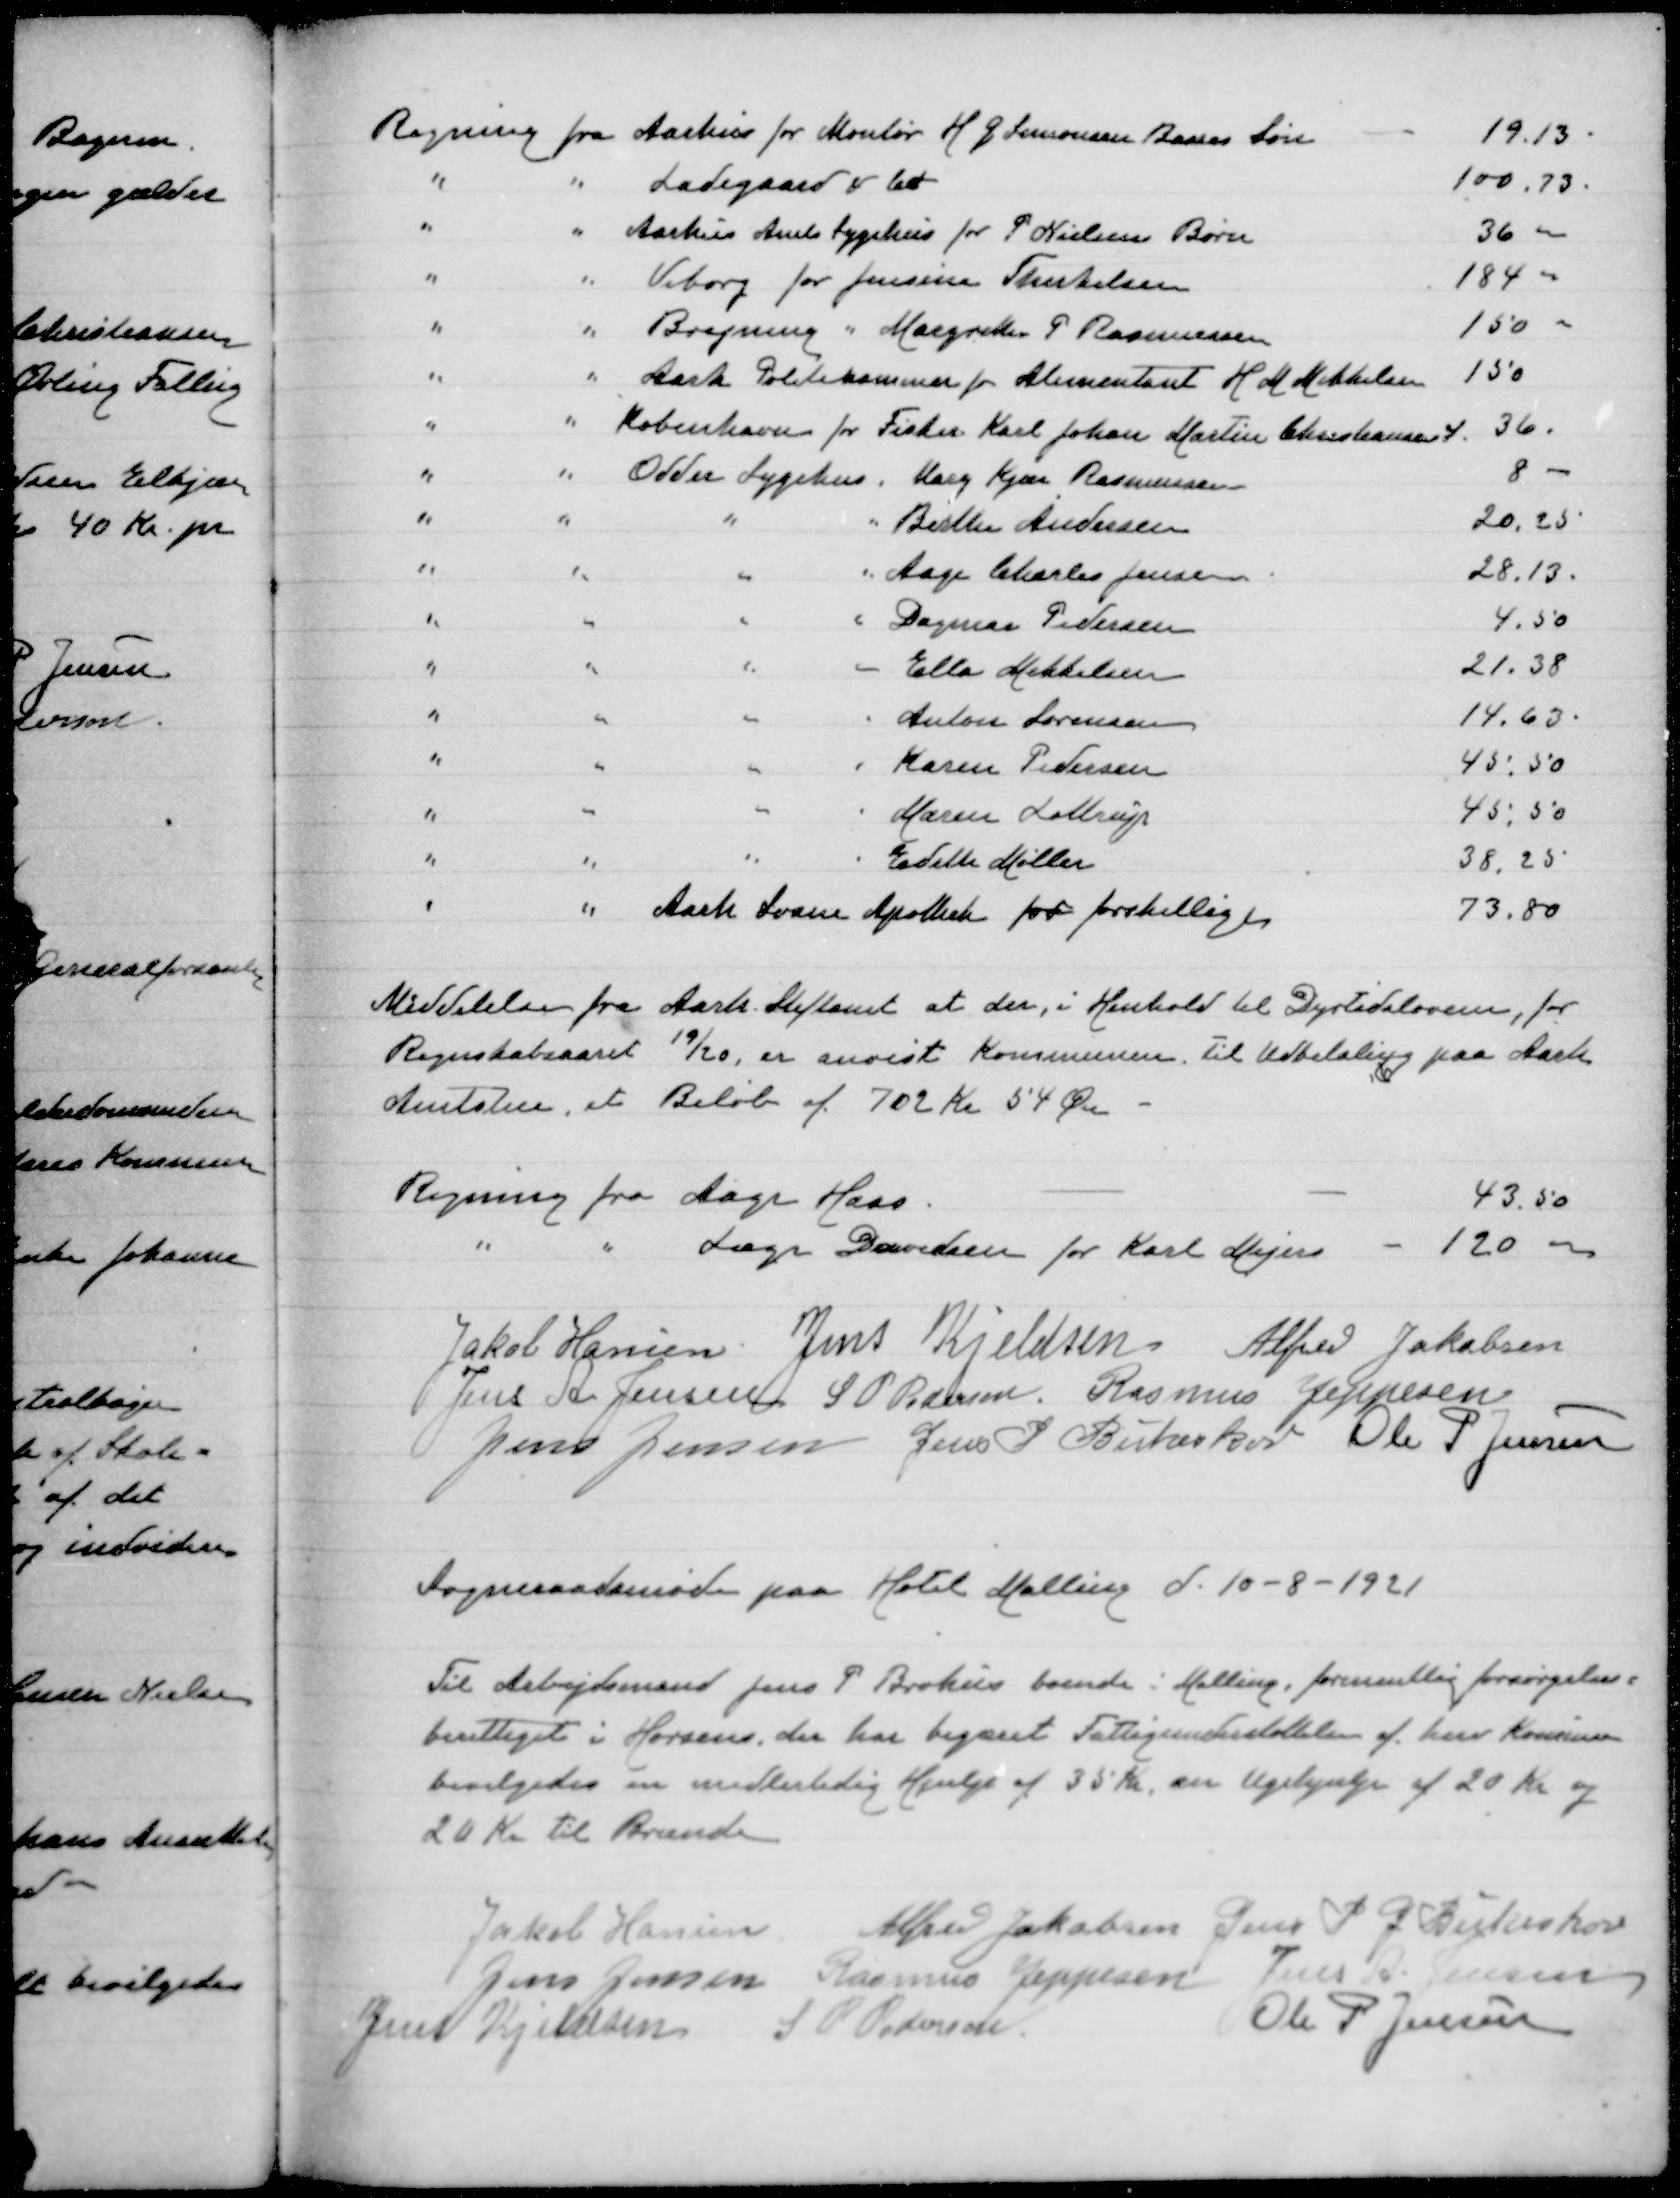
Transskription:
Regning fra Aarhus for Montør H G Simonsen  Søn
18.13
" " Ladegaard
100.73
" " Aarhus Amts Sygehus for P Nielsens Børn
36.00
" " Viborg for Jensine Therkelsen
184.00
" " Brejning " Margrethe P Rasmussen
150.00
" " Aarh Politikammer for Alimentant H M Mikkelsen
150
" " København for Fisker Karl Johan Martin Christiansen
36
" " Odder Sygehus " Mary Kjær Rasmussen
8.00
" " " " Birthe Andersen
20.25
" " " " Aage Charles Jensen
28.13
" " " " Dagmar Pedersen
4.50
" " " " Ella Mikkelsen
21.38
" " " " Anton Lorensen
14.63
" " " " Karen Pedersen
45.50
" " " " Maren Lottrup
45.50
" " " " Edith Møller
38.25
" " Aarh Svane Apotek for forskellig
73.80

Meddelelse Aarh Stiftamt at der i Henhold til Dyrtidsloven, for
Regnskabsaaret 19/20 er anvist Kommunen til Udbetaling paa Aarh
Amtsstue et beløb af 702 Kr 54 Øre

Regning fra Aage Haas
43.50
" " Læge Davidsen for Karl  Mejer
120.00

Jakob Hansen
Jens Kjeldsen
Alfred Jakobsen
Jens A Jensen
S P Pedersen
Rasmus Jeppesen
Jens Jensen
Jens P Birkeskov
Ole P Jensen

Sogneraadsmøde paa Hotel Malling d 10-8-1921

Til Arbejdsmand Jens P Brohus boende i Malling, formentlig forsørgelses=
berettiget i Horsens,, der har begæret Fattigunderstøttrelsen af herv Kommune
bevilgedes en midlertidig Hjælp af 35 Kr, en Ugehjælp af 20 Kr og
20 Kr til Brænde

Jakob Hansen
Alfred Jakobsen
Jens P J Birkeskov
Jens Jensen
Rasmus Jeppesen
Jens A Jensen
Jens Kjeldsen
S P Pedersen
Ole P Jensen